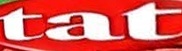
tat